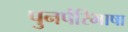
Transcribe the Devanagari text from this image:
पुनर्परिभाषा